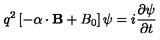
q ^ { 2 } \left[ - \mathrm { \boldmath \alpha } \cdot { \bf B } + B _ { 0 } \right] \psi = i \frac { \partial \psi } { \partial t }